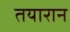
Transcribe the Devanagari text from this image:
तयारान